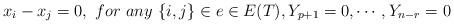
LaTeX: \begin{align*} x_i-x_j=0, \ for \ any \ \{i, j\}\in e\in E(T), Y_{p+1}=0, \cdots, Y_{n-r}=0\end{align*}